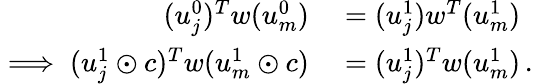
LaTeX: \begin{array}{rl}{(u_{j}^{0})^{T}w(u_{m}^{0})}&{{}=(u_{j}^{1})w^{T}(u_{m}^{1})}\\ {\implies(u_{j}^{1}\odot c)^{T}w(u_{m}^{1}\odot c)}&{{}=(u_{j}^{1})^{T}w(u_{m}^{1})\, .}\end{array}